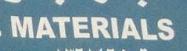
materials